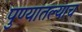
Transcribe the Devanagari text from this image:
पुण्यातल्याच